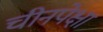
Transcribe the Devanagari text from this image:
चीनपेक्षा